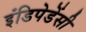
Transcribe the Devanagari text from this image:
इंडिपेडेंसी